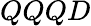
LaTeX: QQQD